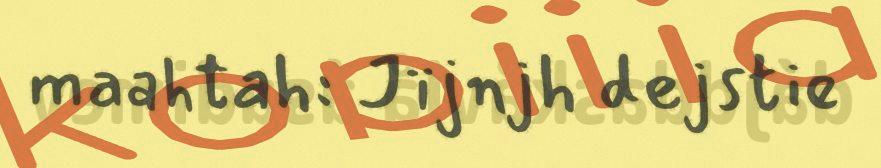
maahtah: Jïjnjh dejstie